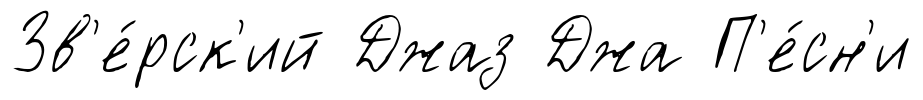
Зв'е́рск'ий Джаз Джа П'е́сн'и